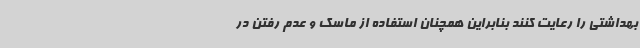
بهداشتی را رعایت کنند بنابراین همچنان استفاده از ماسک و عدم رفتن در